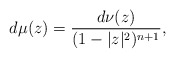
\begin{align*} d\mu(z)=\frac {d\nu(z)}{(1-|z|^2)^{n+1}},\end{align*}